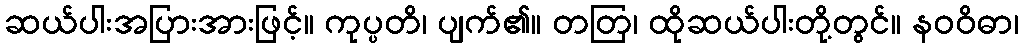
ဆယ်ပါးအပြားအားဖြင့်။ ကုပ္ပတိ၊ ပျက်၏။ တတြ၊ ထိုဆယ်ပါးတို့တွင်။ နဝဝိဓာ၊